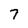
Character: 7